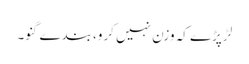
لڑ پڑے کہ وزن نہیں کرو، بندے گنو۔